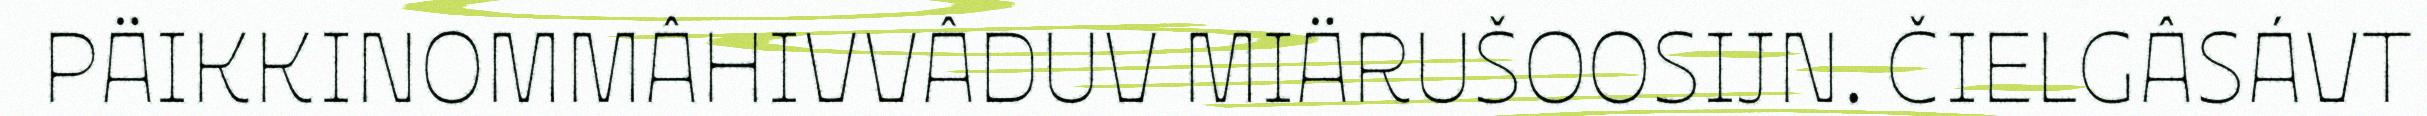
PÄIKKINOMMÂHIVVÂDUV MIÄRUŠOOSIJN. ČIELGÂSÁVT